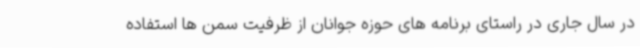
در سال جاری در راستای برنامه های حوزه جوانان از ظرفیت سمن ها استفاده